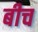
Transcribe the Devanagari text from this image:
बीच